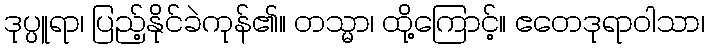
ဒုပ္ပူရာ၊ ပြည့်နိုင်ခဲကုန်၏။ တသ္မာ၊ ထို့ကြောင့်။ ဧတေဒုရာဝါသာ၊